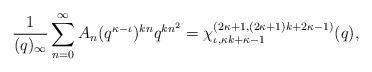
LaTeX: \begin{align*}\frac{1}{(q)_{\infty}} \sum_{n=0}^{\infty }A_n (q^{\kappa -\iota })^{kn} q^{kn^2 }= \chi^{(2\kappa +1, (2\kappa +1)k + 2\kappa -1)}_{ \iota , \kappa k +\kappa -1}(q),\end{align*}